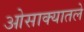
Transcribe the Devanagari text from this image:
ओसाक्यातले